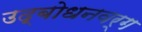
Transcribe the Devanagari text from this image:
उद्बोधनवर्ग